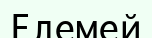
Елемей